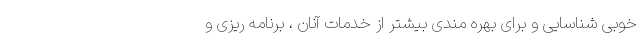
خوبی شناسایی و برای بهره مندی بیشتر از خدمات آنان ، برنامه ریزی و